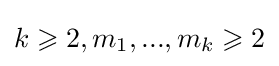
k\geqslant 2,m_{1},...,m_{k}\geqslant 2